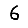
Digit: 6